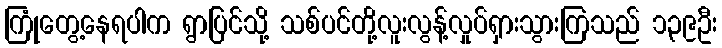
ကြုံတွေ့နေရပါက ရွာပြင်သို့ သစ်ပင်တို့လူးလွန့်လှုပ်ရှားသွားကြသည် ၁၃၉ဦး